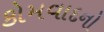
કોમવાદનો